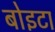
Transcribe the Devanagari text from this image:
बोइटा